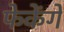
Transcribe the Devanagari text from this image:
फेकेंगे